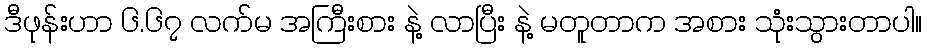
ဒီဖုန်းဟာ ၆.၆၇ လက်မ အကြီးစား နဲ့ လာပြီး နဲ့ မတူတာက အစား သုံးသွားတာပါ။